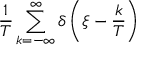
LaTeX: { \frac { 1 } { T } } \sum _ { k = - \infty } ^ { \infty } \delta \left( \xi - { \frac { k } { T } } \right)